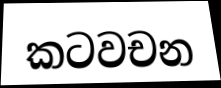
කටවචන